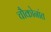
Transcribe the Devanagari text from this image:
चौकोनांत